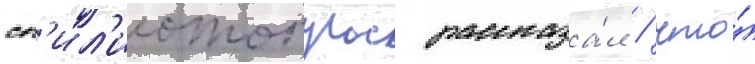
сп'ил'иотопулос рассказа́л / что́